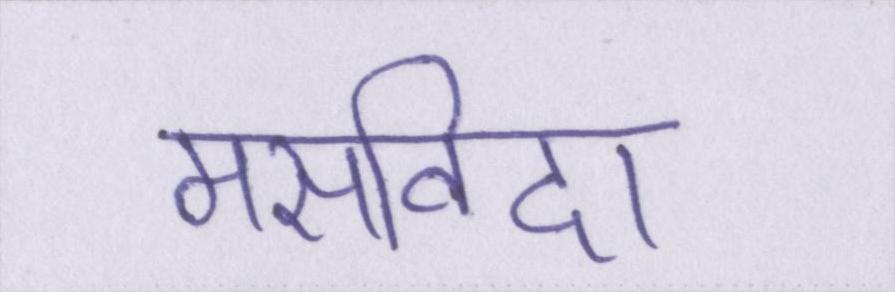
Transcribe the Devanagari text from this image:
मसविदा